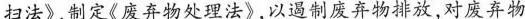
扫法》制定《废弃物处理法》，以遏制废弃物排放，对废弃物